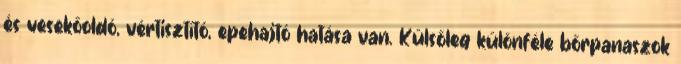
és vesekőoldó, vértisztító, epehajtó hatása van. Külsőleg különféle bőrpanaszok